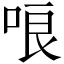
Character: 哴